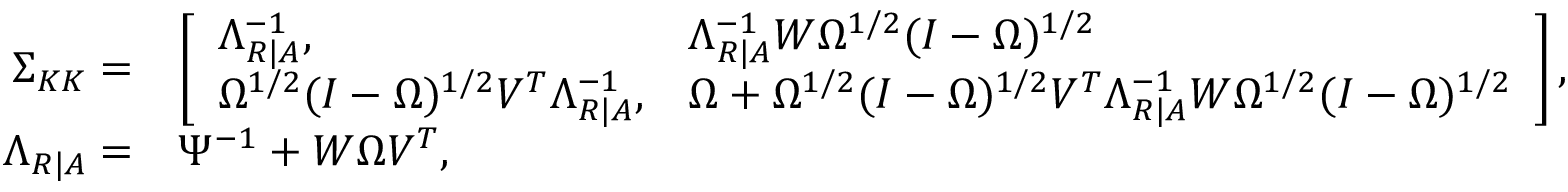
\begin{array} { r l } { \Sigma _ { K K } = } & { \left[ \begin{array} { l l } { \Lambda _ { R | A } ^ { - 1 } , } & { \Lambda _ { R | A } ^ { - 1 } W \Omega ^ { 1 / 2 } ( I - \Omega ) ^ { 1 / 2 } } \\ { \Omega ^ { 1 / 2 } ( I - \Omega ) ^ { 1 / 2 } V ^ { T } \Lambda _ { R | A } ^ { - 1 } , } & { \Omega + \Omega ^ { 1 / 2 } ( I - \Omega ) ^ { 1 / 2 } V ^ { T } \Lambda _ { R | A } ^ { - 1 } W \Omega ^ { 1 / 2 } ( I - \Omega ) ^ { 1 / 2 } } \end{array} \right] , } \\ { \Lambda _ { R | A } = } & { \Psi ^ { - 1 } + W \Omega V ^ { T } , } \end{array}